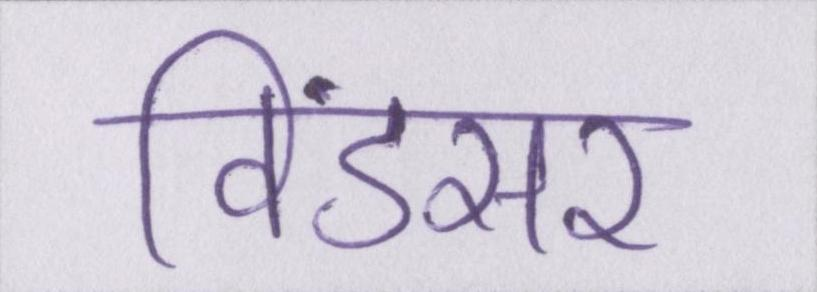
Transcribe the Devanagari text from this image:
विंडसर